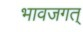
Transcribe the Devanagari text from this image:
भावजगत्